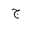
Letter: _gim